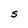
Character: S